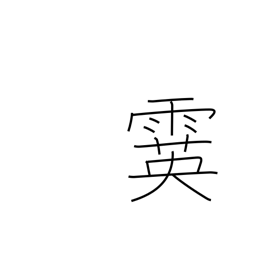
Meaning: sleet